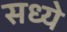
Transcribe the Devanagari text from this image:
सध्ये